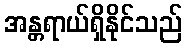
အန္တရာယ်ရှိနိုင်သည်